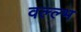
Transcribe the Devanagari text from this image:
वल्ल्भ